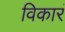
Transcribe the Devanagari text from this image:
विकारं